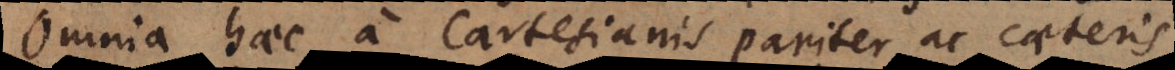
Omnia haec a Cartesianis pariter ac caeteris